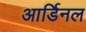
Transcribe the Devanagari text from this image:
आर्डिनल